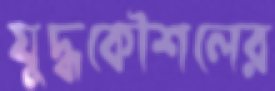
যুদ্ধকৌশলের